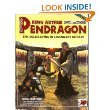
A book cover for King Arthur Pendragon: Epic Roleplaying in Legendary Britain; Greg Stafford; Science Fiction & Fantasy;